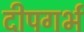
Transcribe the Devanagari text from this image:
दीपगर्भ